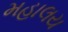
મહાલય